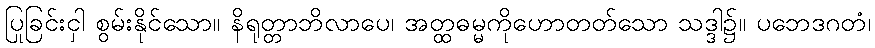
ပြုခြင်းငှါ စွမ်းနိုင်သော။ နိရုတ္တာဘိလာပေ၊ အတ္ထဓမ္မကိုဟောတတ်သော သဒ္ဒါ၌။ ပဘေဒဂတံ၊